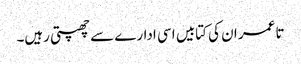
تا عمر ان کی کتابیں اسی ادارے سے چھپتی رہیں۔